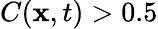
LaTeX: C({\mathbf{x}},t)>0.5